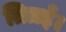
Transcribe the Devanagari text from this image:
तित्रई।